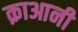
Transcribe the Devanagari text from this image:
क़ाआनी